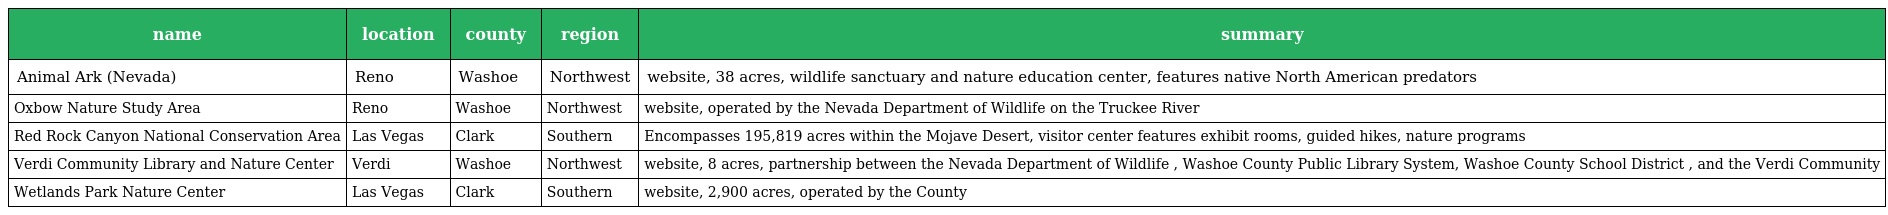
| name | location | county | region | summary |
 | --- | --- | --- | --- | --- |
 | Animal Ark (Nevada) | Reno | Washoe | Northwest | website, 38 acres, wildlife sanctuary and nature education center, features native North American predators |
 | Oxbow Nature Study Area | Reno | Washoe | Northwest | website, operated by the Nevada Department of Wildlife on the Truckee River |
 | Red Rock Canyon National Conservation Area | Las Vegas | Clark | Southern | Encompasses 195,819 acres within the Mojave Desert, visitor center features exhibit rooms, guided hikes, nature programs |
 | Verdi Community Library and Nature Center | Verdi | Washoe | Northwest | website, 8 acres, partnership between the Nevada Department of Wildlife , Washoe County Public Library System, Washoe County School District , and the Verdi Community |
 | Wetlands Park Nature Center | Las Vegas | Clark | Southern | website, 2,900 acres, operated by the County |